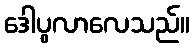
ဒေါပွလာလေသည်။